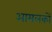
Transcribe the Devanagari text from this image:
आमलकों